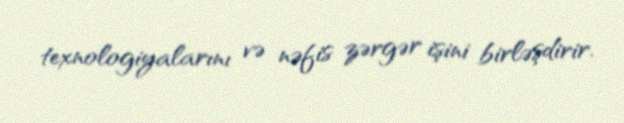
texnologiyalarını və nəfis zərgər işini birləşdirir.